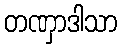
တဏှာဒါသာ